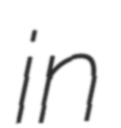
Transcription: in